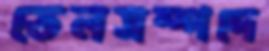
তেলসম্পদে